Scottish Leaving Certificate Examination, 1959
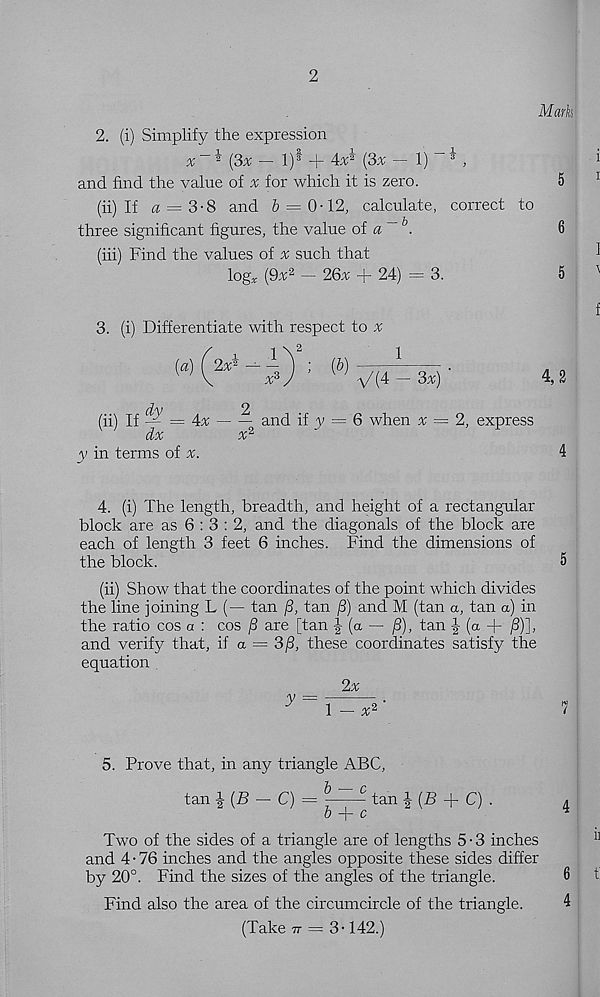
2
Mark
2. (i) Simplify the expression
%-* (3x- l) 1 + 4# (3% tip*,
i
and find the value of % for which it is zero.
5
(ii) If a = 3-8 and 6 = 0-12, calculate, correct to
three significant figures, the value of a~h.
6
(hi) Find the values of % such that
1
log* {9x 2 - 26x + 24) = 3.
5
'
f
3. (i) Differentiate with respect to #
(ii) If ^ = 4%
v '
dx
y in terms of v.
x*
and if y = 6 when x = 2, express
4. (i) The length, breadth, and height of a rectangular
block are as 6 : 3 : 2, and the diagonals of the block are
each of length 3 feet 6 inches. Find the dimensions of
the block.
5
(ii) Show that the coordinates of the point which divides
the line joining L (— tan /3, tan ^8) and M (tan a, tan a) in
the ratio cos a : cos f3 are [tan (a — /3), tan J(a + /3)],
and verify that, if a = 3|3, these coordinates satisfy the
equation
2x
5. Prove that, in any triangle ABC,
tan i(B-C) = ~ tan | (B + C) .
4
b + c
*
Two of the sides of a triangle are of lengths 5 • 3 inches
11
and 4 • 76 inches and the angles opposite these sides differ
by 20°. Find the sizes of the angles of the triangle.
6
t
Find also the area of the circumcircle of the triangle.
4
(Take tt = 3 -142.)